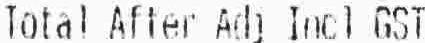
TOTAL AFTER ADJ INCL GST